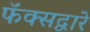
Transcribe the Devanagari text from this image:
फॅक्सद्वारे